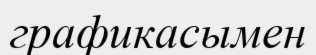
графикасымен